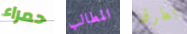
حمراء المطالب تطرق